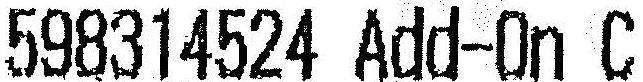
598314524 ADD-ON C